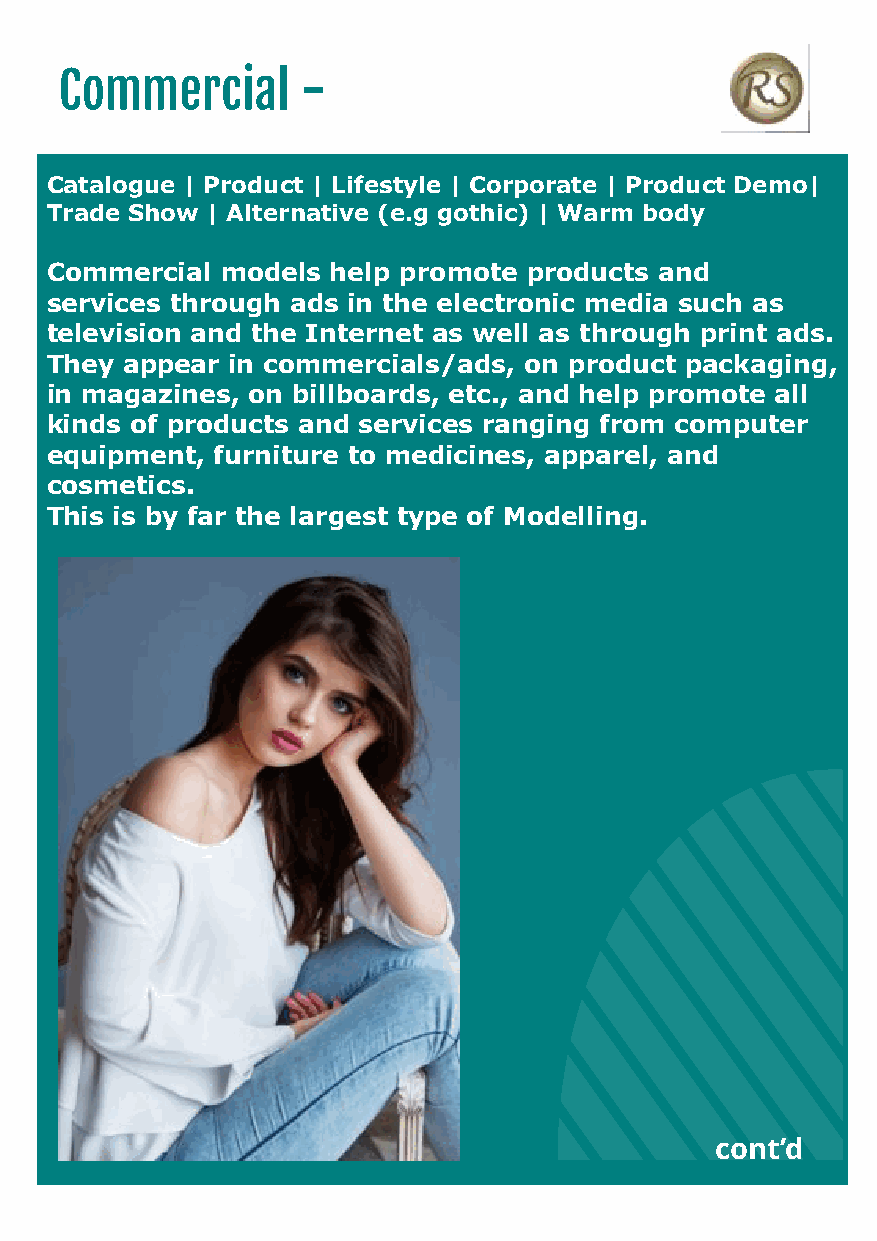
Commercial      -
 Catalogue | Product | Lifestyle | Corporate | Product Demo|
 Trade Show | Alternative (e.g gothic) | Warm body
 Commercial  models help promote products and
 services through ads in the electronic media such as
 television and the Internet as well as through print ads.
 They appear in commercials/ads, on product packaging,
 in magazines, on billboards, etc., and help promote all
 kinds of products and services ranging from computer
 equipment, furniture to medicines, apparel, and
 cosmetics.
 This is by far the largest type of Modelling.
 cont’d